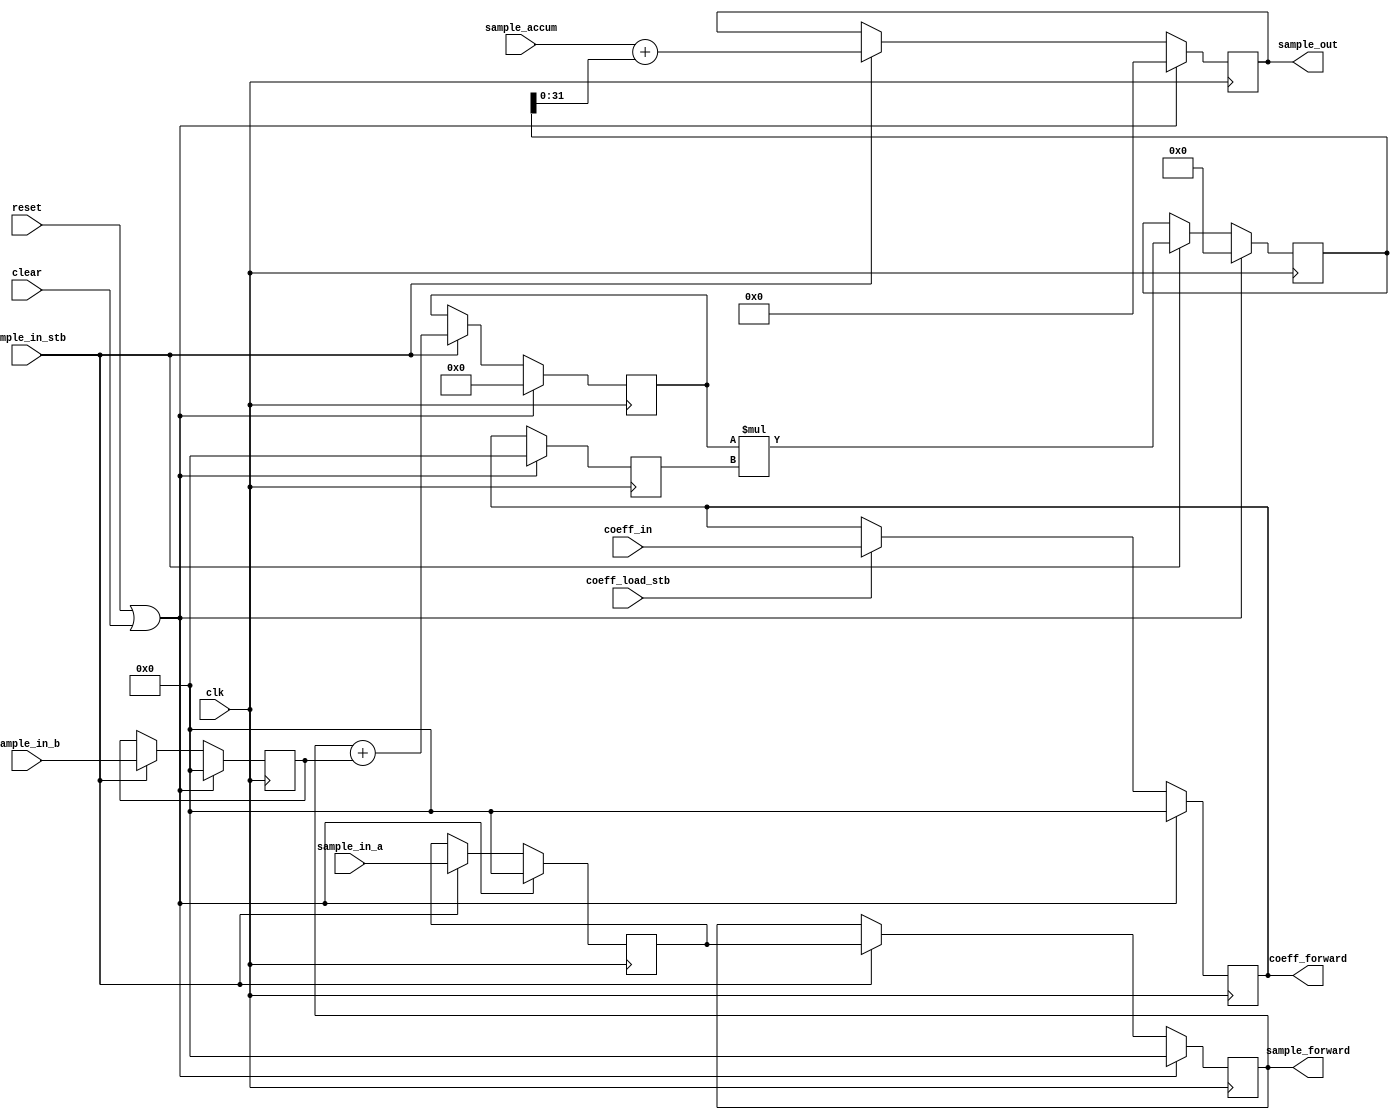
//
// Copyright 2017 Ettus Research
//
// Multiply-accumulate with preadder for use as a computation unit
// in FIR filters. Designed to infer a DSP48 for all registers
// and arithmetic.
//
// Parameters:
//   IN_WIDTH                 - Input width
//   COEFF_WIDTH              - Coefficient width
//   ACCUM_WIDTH              - Accumulator width
//   OUT_WIDTH                - Output width
//
module fir_filter_slice #(
  parameter IN_WIDTH     = 16,
  parameter COEFF_WIDTH  = 16,
  parameter ACCUM_WIDTH  = 32,
  parameter OUT_WIDTH    = 32)
(
  input clk,
  input reset,
  input clear,
  input sample_in_stb,
  input signed [IN_WIDTH-1:0] sample_in_a,       // Sample in
  input signed [IN_WIDTH-1:0] sample_in_b,       // Sample in for symmetric filters
  output signed [IN_WIDTH-1:0] sample_forward,   // Delayed sample in to forward
  input signed [COEFF_WIDTH-1:0] coeff_in,       // Filter tap coefficient
  output signed [COEFF_WIDTH-1:0] coeff_forward, // Filter tap coefficient to forward
  input coeff_load_stb,                          // Load coefficient
  input signed [ACCUM_WIDTH-1:0] sample_accum,   // Accumulating path
  output signed [OUT_WIDTH-1:0] sample_out       // Result
);

  reg signed [IN_WIDTH-1:0] a_reg[0:1];
  reg signed [IN_WIDTH-1:0] d_reg;
  reg signed [IN_WIDTH:0] ad_reg;
  reg signed [COEFF_WIDTH-1:0] b_reg[0:1];
  reg signed [IN_WIDTH+COEFF_WIDTH:0] m_reg;
  reg signed [ACCUM_WIDTH-1:0] p_reg;

  always @(posedge clk) begin
    if (reset | clear) begin
      a_reg[0]   <= 0;
      a_reg[1]   <= 0;
      d_reg      <= 0;
      b_reg[0]   <= 0;
      b_reg[1]   <= 0;
      ad_reg     <= 0;
      m_reg      <= 0;
      p_reg      <= 0;
    end else begin
      if (sample_in_stb) begin
        a_reg[0] <= sample_in_a;
        a_reg[1] <= a_reg[0];
        d_reg    <= sample_in_b;
        ad_reg   <= a_reg[1] + d_reg;
        m_reg    <= ad_reg * b_reg[1];
        p_reg    <= sample_accum + m_reg;
      end
      if (coeff_load_stb) begin
        b_reg[0] <= coeff_in;
      end
      b_reg[1]   <= b_reg[0];
    end
  end

  assign coeff_forward  = b_reg[0];
  assign sample_forward = a_reg[1];
  assign sample_out     = p_reg[OUT_WIDTH-1:0];

endmodule